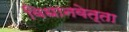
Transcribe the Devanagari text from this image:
विधानवेत्ता